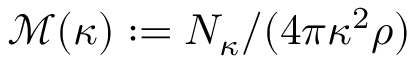
\mathcal M ( \kappa ) : = N _ { \kappa } / ( 4 \pi \kappa ^ { 2 } \rho )